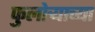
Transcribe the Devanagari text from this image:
फुलोर्‍याच्या